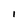
Character: I